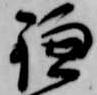
鎌